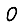
Digit: 0